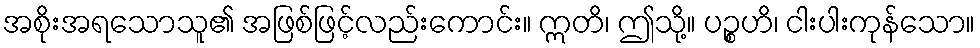
အစိုးအရသောသူ၏ အဖြစ်ဖြင့်လည်းကောင်း။ ဣတိ၊ ဤသို့။ ပဉ္စဟိ၊ ငါးပါးကုန်သော။